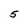
Character: 5